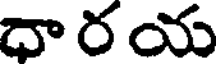
ధారయ